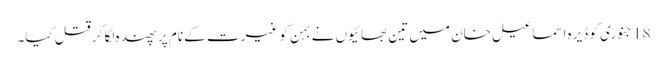
18 جنوری کو ڈیرہ اسماعیل خان میں تین بھائیوں نے بہن کو غیرت کے نام پر پھندہ لگا کر قتل کیا۔